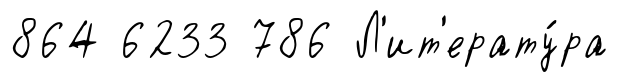
864 6233 786 Л'ит'ерату́ра